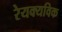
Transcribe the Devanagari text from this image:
रेयक्यविक